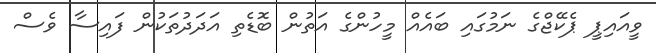
ވީއައިޕީ ޕެކޭޖްގެ ނަމުގައި ބައެއް މީހުންގެ އަތުން ބޮޑެތި އަދަދުތަކުން ފައިސާ ވެސް